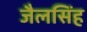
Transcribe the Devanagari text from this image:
जैलसिंह